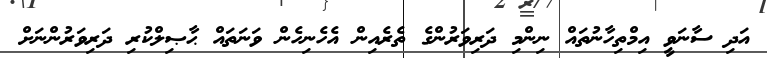
އަދި ސާނަވީ އިމްތިހާނުތައް ނިންމި ދަރިވަރުންގެ ތެރެއިން އެހެނިހެން ވަނަތައް ޙާޞިލްކުރި ދަރިވަރުންނަށް